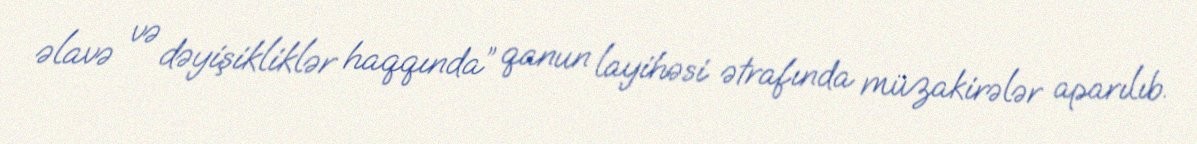
əlavə və dəyişikliklər haqqında” qanun layihəsi ətrafında müzakirələr aparılıb.